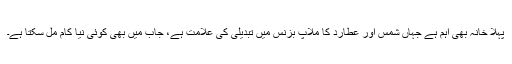
پہلا خانہ بھی اہم ہے جہاں شمس اور عطارد کا ملاپ بزنس میں تبدیلی کی علامت ہے، جاب میں بھی کوئی نیا کام مل سکتا ہے۔